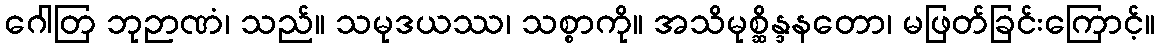
ဂေါတြ ဘုဉာဏံ၊ သည်။ သမုဒယဿ၊ သစ္စာကို။ အသိမုစ္ဆိန္ဒနတော၊ မဖြတ်ခြင်းကြောင့်။